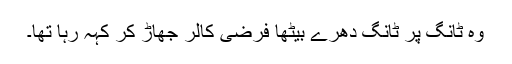
وہ ٹانگ پر ٹانگ دھرے بیٹھا فرضی کالر جھاڑ کر کہہ رہا تھا۔